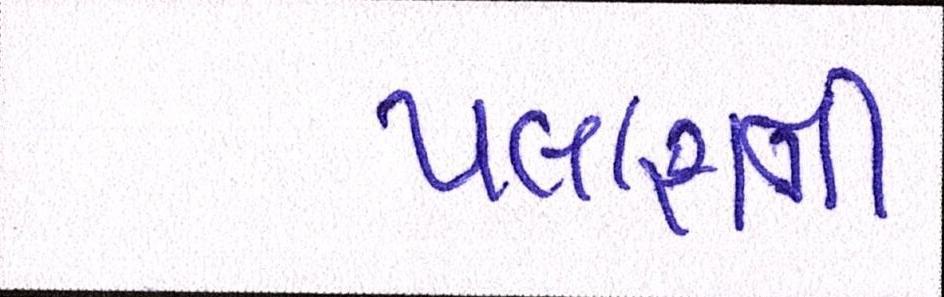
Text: પલાશની